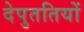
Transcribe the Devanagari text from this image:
देपुततियों